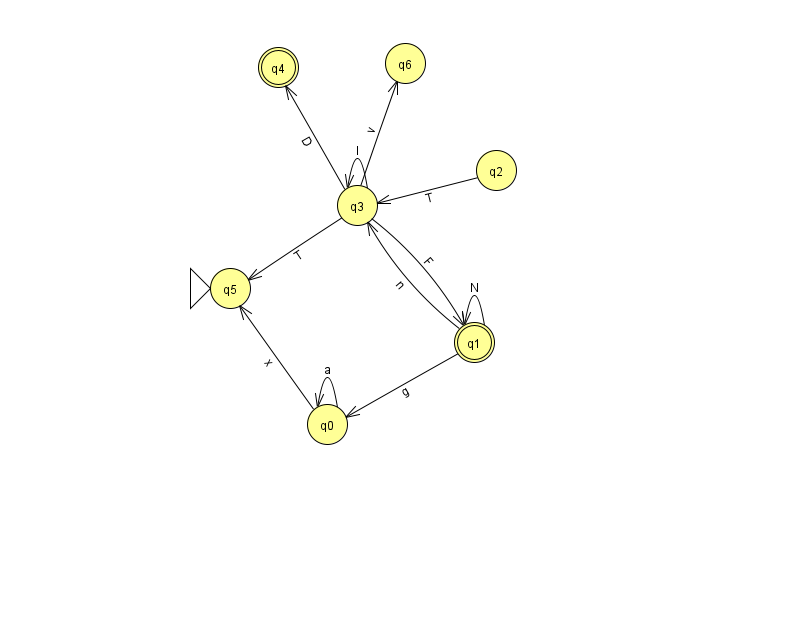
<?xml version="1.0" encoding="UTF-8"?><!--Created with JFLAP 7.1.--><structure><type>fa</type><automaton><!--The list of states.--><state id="0" name="q0"><x>327.0</x><y>411.0</y></state><state id="1" name="q1"><x>474.0</x><y>329.0</y><final/></state><state id="2" name="q2"><x>496.0</x><y>157.0</y></state><state id="3" name="q3"><x>357.0</x><y>192.0</y></state><state id="4" name="q4"><x>278.0</x><y>54.0</y><final/></state><state id="5" name="q5"><x>230.0</x><y>275.0</y><initial/></state><state id="6" name="q6"><x>405.0</x><y>50.0</y></state><!--The list of transitions.--><transition><from>0</from><to>0</to><read>a</read></transition><transition><from>2</from><to>3</to><read>T</read></transition><transition><from>3</from><to>6</to><read>v</read></transition><transition><from>3</from><to>1</to><read>F</read></transition><transition><from>3</from><to>5</to><read>T</read></transition><transition><from>0</from><to>5</to><read>x</read></transition><transition><from>3</from><to>3</to><read>I</read></transition><transition><from>1</from><to>0</to><read>g</read></transition><transition><from>3</from><to>4</to><read>D</read></transition><transition><from>1</from><to>3</to><read>n</read></transition><transition><from>1</from><to>1</to><read>N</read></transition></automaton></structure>